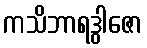
ကသိဘာရဒွါဇော